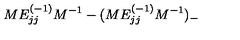
M E _ { j j } ^ { ( - 1 ) } M ^ { - 1 } - ( M E _ { j j } ^ { ( - 1 ) } M ^ { - 1 } ) _ { - }